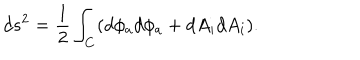
LaTeX: d s ^ { 2 } = { \frac { 1 } { 2 } } \int _ { \bf C } ( d \phi _ { a } d \phi _ { a } + d A _ { i } d A _ { i } ) .